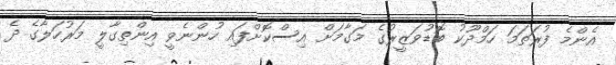
އެންމެ ފުރަތަމަ ހަމްދޫކު ބޮޑުވަޒީރުގެ މަގާމަށް އިސްކޮށްފައި ހުންނެވީ އިންތިގާލީ މަރުހަލާގެ ދެ